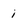
Character: i